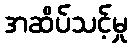
အဆိပ်သင့်မှု